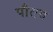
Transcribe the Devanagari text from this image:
पौतव